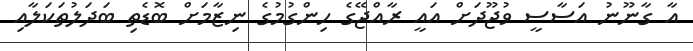
އާ ގާނޫނު އަސާސީ ވުޖޫދަށް އައީ ރާއްޖޭގެ ހިންގުމުގެ ނިޒާމަށް ބޮޑެތި ބަދަލުތަކަލާއި